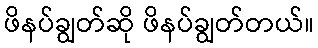
ဖိနပ်ချွတ်ဆို ဖိနပ်ချွတ်တယ်။